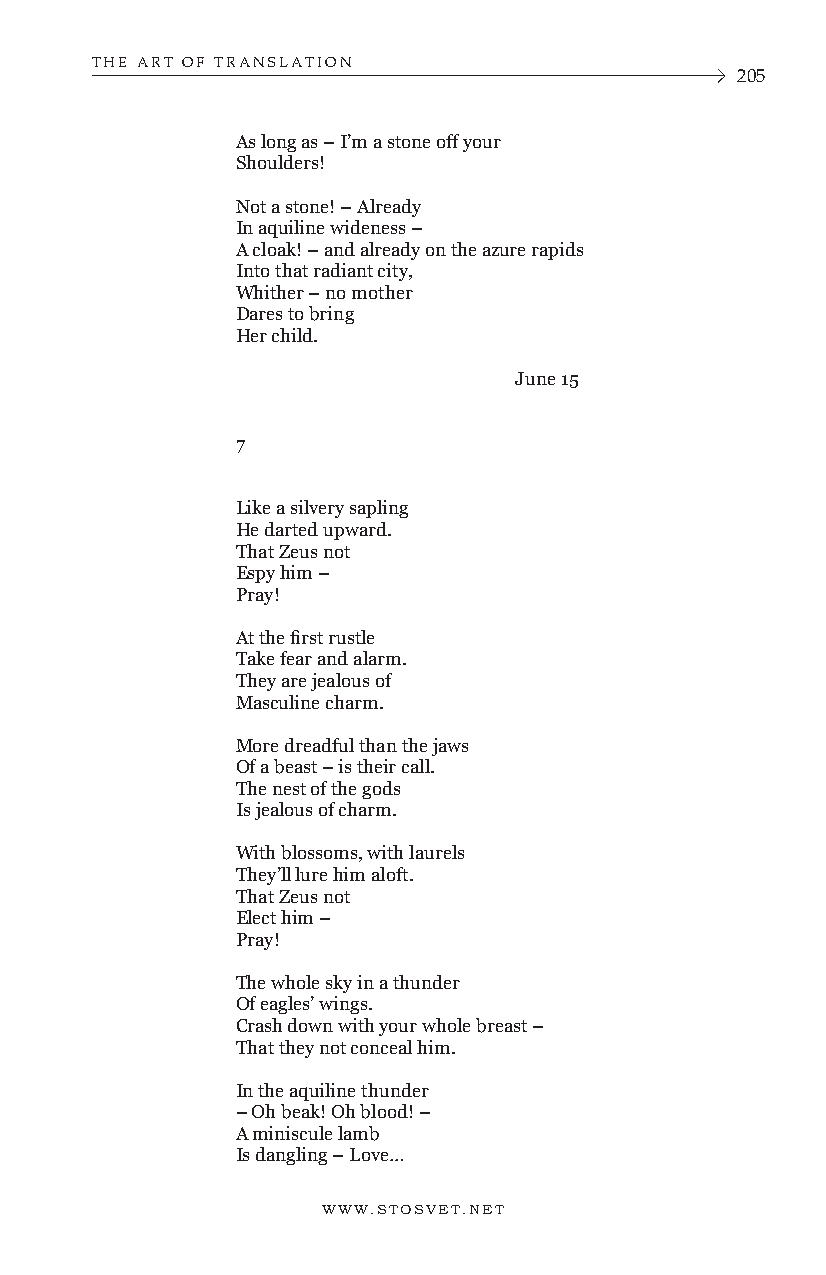
THE ART OF TRANSLATION
 205
 As long as – I’m a stone off your
 Shoulders!
 Not a stone! – Already
 In aquiline wideness –
 A cloak! – and already on the azure rapids
 Into that radiant city,
 Whither – no mother
 Dares to bring
 Her child.
 June 15
 7
 Like a silvery sapling
 He darted upward.
 That Zeus not
 Espy him –
 Pray!
 At the first rustle
 Take fear and alarm.
 They are jealous of
 Masculine charm.
 More dreadful than the jaws
 Of a beast – is their call.
 The nest of the gods
 Is jealous of charm.
 With blossoms, with laurels
 They’ll lure him aloft.
 That Zeus not
 Elect him –
 Pray!
 The whole sky in a thunder
 Of eagles’ wings.
 Crash down with your whole breast –
 That they not conceal him.
 In the aquiline thunder
 – Oh beak! Oh blood! –
 A miniscule lamb
 Is dangling – Love…
 WWW.STOSVET.NET      WWW.STOSVET.NET